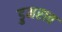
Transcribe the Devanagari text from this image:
डुमराव